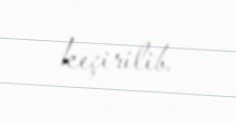
keçirilib.